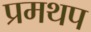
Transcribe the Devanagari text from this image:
प्रमथप